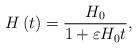
LaTeX: \begin{align*}H\left( t\right) =\frac{H_{0}}{1+\varepsilon H_{0}t},\end{align*}